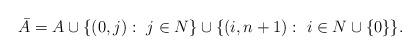
LaTeX: \begin{gather*}\bar{A} = A \cup \{(0,j): \ j \in N\} \cup \{(i,n+1): \ i \in N \cup \{0\}\}.\end{gather*}